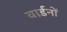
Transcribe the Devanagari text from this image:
वार्डनों